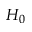
H _ { 0 }